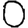
Digit: 0